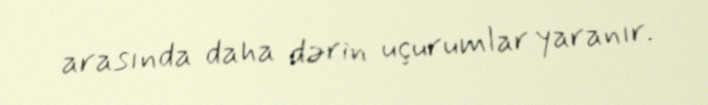
arasında daha dərin uçurumlar yaranır.